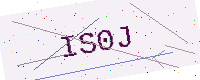
Text: IS0J